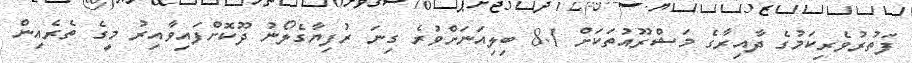
ފަތުރުވެރިކަމުގެ ދާއިރާގެ މަޝްރޫއުތަކަށް 8.1 ބިލިއަނަށްވުރެ ގިނަ ރުފިޔާގެލޯނު ދޫކޮށްފައިވާއިރު މީގެ ތެރެއިން